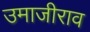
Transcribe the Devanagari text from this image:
उमाजीराव